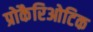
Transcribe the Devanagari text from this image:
प्रोकैरिओटिक